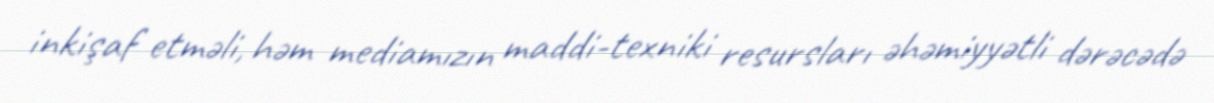
inkişaf etməli, həm mediamızın maddi-texniki resursları əhəmiyyətli dərəcədə